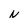
Character: N